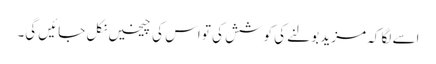
اسے لگا کہ مزید بولنے کی کوشش کی تو اس کی چیخیں نکل جائیں گی۔